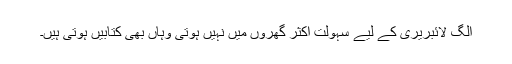
الگ لائبریری کے لیے سہولت اکثر گھروں میں نہیں ہوتی وہاں بھی کتابیں ہوتی ہیں۔